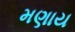
મણાય